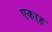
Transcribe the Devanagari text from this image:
एकाह